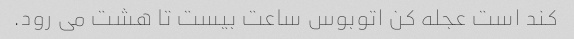
کند است عجله کن اتوبوس ساعت بیست تا هشت می رود.